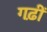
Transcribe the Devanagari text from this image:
गढ़ीं